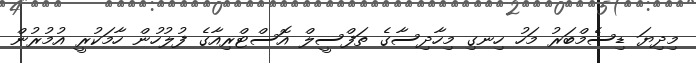
މިދިޔަ ޑިސެމްބަރު މަހު ހިނގި މިހާދިސާގެ ތަފްސީލް އޮސްޓްރިއާގެ ފުލުހުން ހާމަކުރީ އުމުރުން